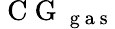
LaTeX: \mathrm{~C~G~}_{\mathrm{~g~a~s~}}